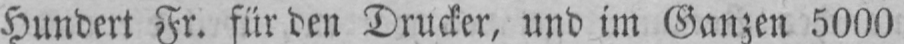
Hundert Fr. für den Drucker, und im Ganzen 5000